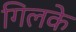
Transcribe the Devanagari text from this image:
गिलके